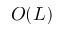
O ( L )